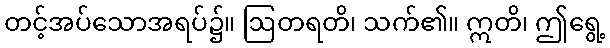
တင့်အပ်သောအရပ်၌။ ဩတရတိ၊ သက်၏။ ဣတိ၊ ဤရွေ့